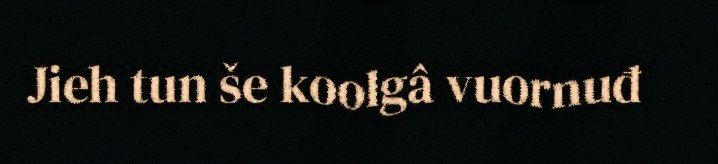
Jieh tun še koolgâ vuornuđ